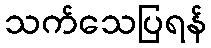
သက်သေပြရန်